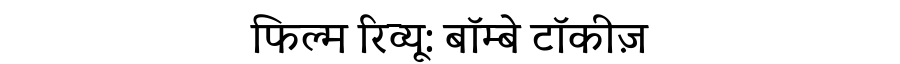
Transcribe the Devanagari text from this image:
फिल्म रिव्यू: बॉम्बे टॉकीज़